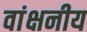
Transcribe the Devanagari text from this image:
वांक्षनीय